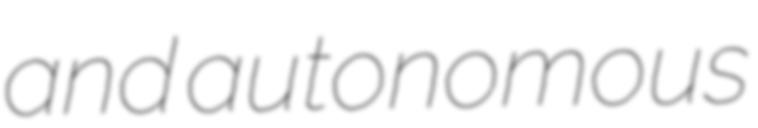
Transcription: and autonomous